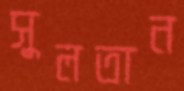
সুলতান